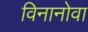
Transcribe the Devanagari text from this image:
विनानोवा